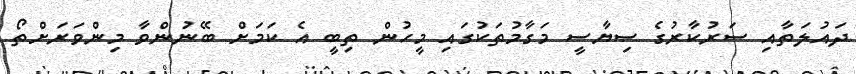
ދައުލަތާއި ސަރުކާރުގެ ސިޔާސީ މަގާމުތަކުގައި މީހުން ތިބީ އެ ކަމަށް ބޭނުންވާ މިންވަރަށްތޯ